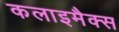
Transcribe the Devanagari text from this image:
कलाइमैक्स